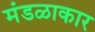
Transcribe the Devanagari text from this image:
मंडळाकार